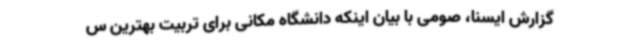
گزارش ایسنا، صومی با بیان اینکه دانشگاه مکانی برای تربیت بهترین س